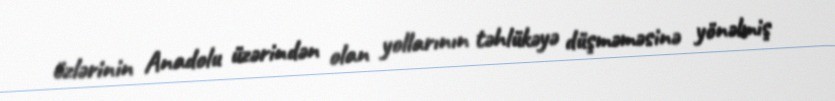
özlərinin Anadolu üzərindən olan yollarının təhlükəyə düşməməsinə yönəlmiş